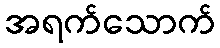
အရက်သောက်